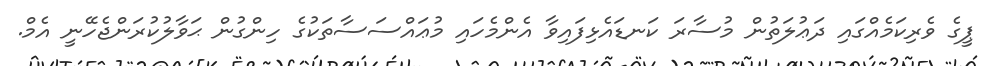
ޕީގެ ވެރިކަމެއްގައި ދަޢުލަތުން މުސާރަ ކަނޑައެޅިފައިވާ އެންމެހައި މުޢައްސަސާތަކުގެ ހިންގުން ޙަވާލުކުރަންޖެހޭނީ އެމް.